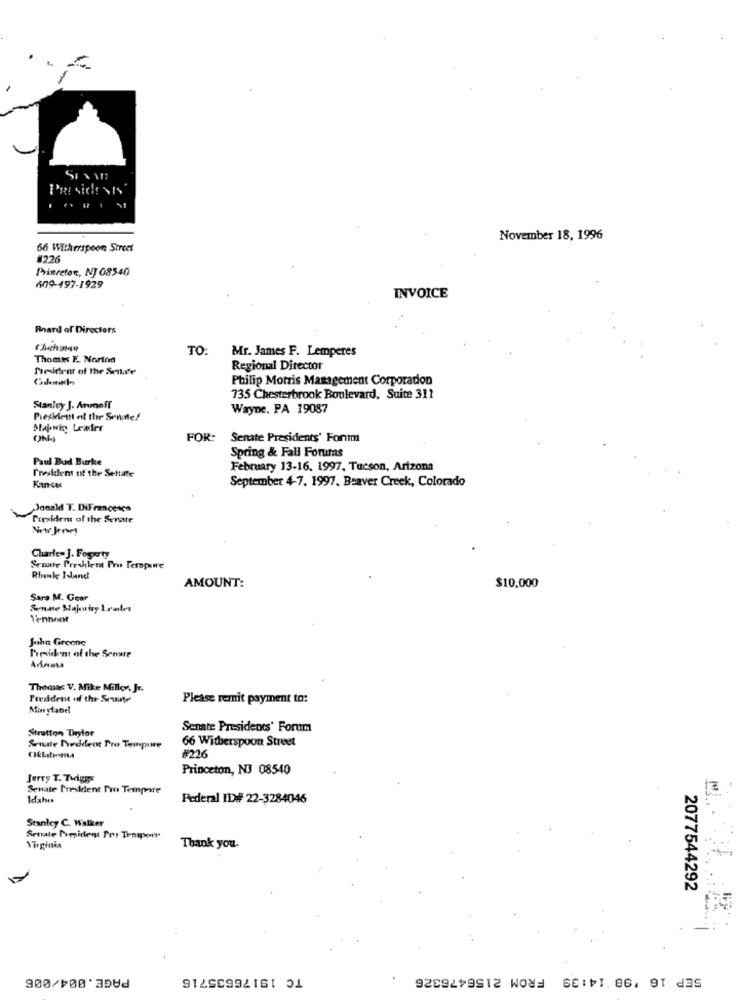
November 18, 1996
66 Witherspoon Street
#226
Prinretent, NJ 08540
609-497-1929
INVOICE
Board of Directors
TO:
Mr. James F. Lemperes
Thomes E. Norind
President of the Senate
Regional Director
Philip Morris Management Corporation
735 Chesterbrook Boulevard, Suite 311
Stanley J. Arunoff
Wayne. PA 19087
President of the Senate!
Majowin Leader
FOR: Senate Presidents' Font
Spring & Fall Forums
Paul Buad Burke
February 13-16. 1997, Tucson, Arizona
T'rwsidem of the Senate
September 4-7. 1997. Beaver Creek, Colorado
Kances
Donald T. DiFrancesco
President of the Serate
Charles J. Fogerty
Senate Preshlent Pro Perapure
AMOUNT:
$10.000
Sara M. Gear
John Greene
President of the Senate
Thomas V. Mike Miller, Jr.
Tredden of the Sante
Please remit payment to:
Strutton Tinyfor
Senate Presidents' Forum
66 Witherspoon Street
Seute Meddent Pro Tempure
#226
Princeton, NJ 08540
Jerry T. Tidiges
Senate President Pro Tempore
Idaho
Federal ID# 22-3284046
Stanley C. Walker
Senate President Por Tenapene
Virginia
Thank you.
2077544292
PAGE.004/006
TC 19176635715
FROM 2156476326
00 :51.86. 91 d35